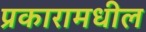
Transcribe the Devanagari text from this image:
प्रकारामधील